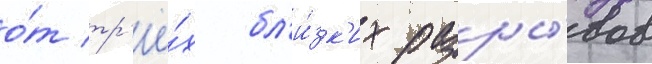
о́т тр'ё́х бл'и́зк'их разры́вов